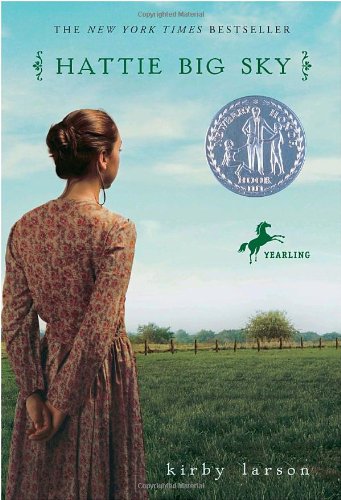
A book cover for Hattie Big Sky; Kirby Larson; Teen & Young Adult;